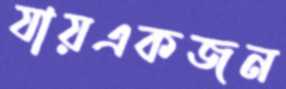
যায়একজন